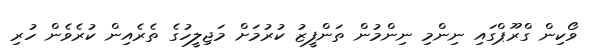
ވޯކިން ގްރޫޕްގައި ނިންމި ނިންމުން ތަންފީޒު ކުރުމަށް މަޖިލީހުގެ ތެރެއިން ކުރެވެން ހުރި